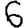
Digit: 6